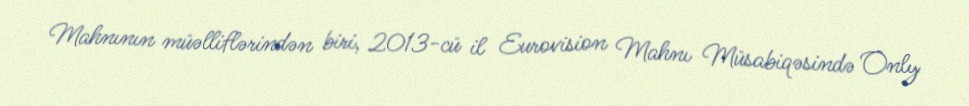
Mahnının müəlliflərindən biri, 2013-cü il Eurovision Mahnı Müsabiqəsində Only